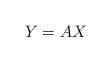
LaTeX: \begin{align*}Y= A X\end{align*}